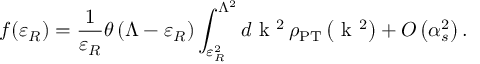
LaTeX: f ( \varepsilon _ { R } ) = \frac { 1 } { \varepsilon _ { R } } \theta \left( { \mit \Lambda } - \varepsilon _ { R } \right) \int _ { \varepsilon _ { R } ^ { 2 } } ^ { { \mit \Lambda } ^ { 2 } } d \mathrm { \boldmath ~ k ~ } { } ^ { 2 } \, \rho _ { \mathrm { P T } } \left( \mathrm { \boldmath ~ k ~ } { } ^ { 2 } \right) + { \cal O } \left( \alpha _ { s } ^ { 2 } \right) .